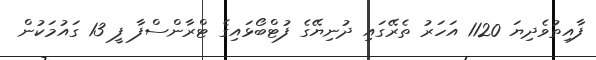
ފާއިތުވެދިޔަ 1120 އަހަރު ތެރޭގައި ދުނިޔޭގެ ފުޓްބޯޅައިގެ ޓްރާންސްފާ ފީ 13 ގައުމަކުން